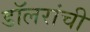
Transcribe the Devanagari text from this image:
डॉलरांची